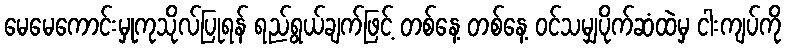
မေမေကောင်းမှုကုသိုလ်ပြုရန် ရည်ရွယ်ချက်ဖြင့် တစ်နေ့ တစ်နေ့ ဝင်သမျှပိုက်ဆံထဲမှ ငါးကျပ်ကို